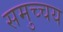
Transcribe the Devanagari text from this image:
समुच्‍चय